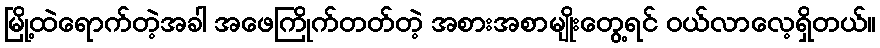
မြို့ထဲရောက်တဲ့အခါ အဖေကြိုက်တတ်တဲ့ အစားအစာမျိုးတွေ့ရင် ဝယ်လာလေ့ရှိတယ်။